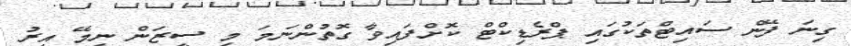
ގިނަ ފޭން ސައިޓްތަކުގައި ޕްރެޑިކްޓް ކޮށްފައިވާ ގޮތުންނަމަ މި ސީޒަން ނިމޭ އިރު